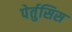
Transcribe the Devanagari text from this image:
पेर्तुसिस